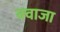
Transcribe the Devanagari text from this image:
क्वाजा